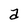
Character: a